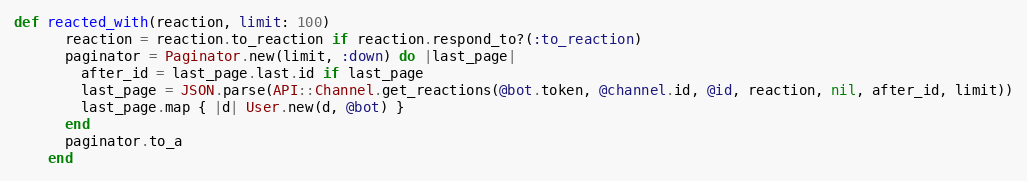
Language: Ruby
def reacted_with(reaction, limit: 100)
      reaction = reaction.to_reaction if reaction.respond_to?(:to_reaction)
      paginator = Paginator.new(limit, :down) do |last_page|
        after_id = last_page.last.id if last_page
        last_page = JSON.parse(API::Channel.get_reactions(@bot.token, @channel.id, @id, reaction, nil, after_id, limit))
        last_page.map { |d| User.new(d, @bot) }
      end
      paginator.to_a
    end